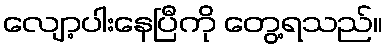
လျော့ပါးနေပြီကို တွေ့ရသည်။